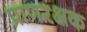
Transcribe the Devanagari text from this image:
प्राणरक्षक